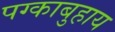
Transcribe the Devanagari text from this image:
पग्काबुहाय